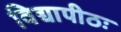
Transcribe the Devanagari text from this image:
विद्यापीठः